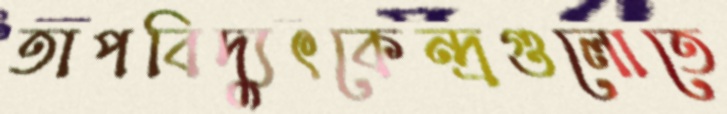
তাপবিদ্যুৎকেন্দ্রগুলোতে